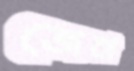
জেবা